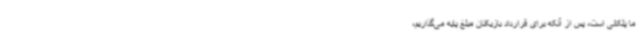
ما پلکانی است، پس از آنکه برای قرارداد بازیکنان مبلغ پایه می‌گذاریم،